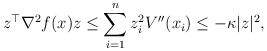
\begin{align*}z^\top\nabla^2f(x) z &\le \sum_{i=1}^n z_i^2V''(x_i) \le -\kappa |z|^2,\end{align*}